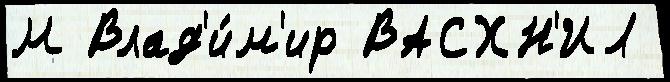
М Влад'и́м'ир ВАСХН'ИЛ